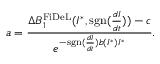
a = \frac { \Delta B _ { 1 } ^ { \mathrm { F i D e L } } ( I ^ { * } , \mathrm { s g n } ( \frac { d I } { d t } ) ) - c } { e ^ { - \mathrm { s g n } ( \frac { d I } { d t } ) b ( I ^ { * } ) I ^ { * } } } .